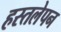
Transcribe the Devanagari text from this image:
हस्तलेपन